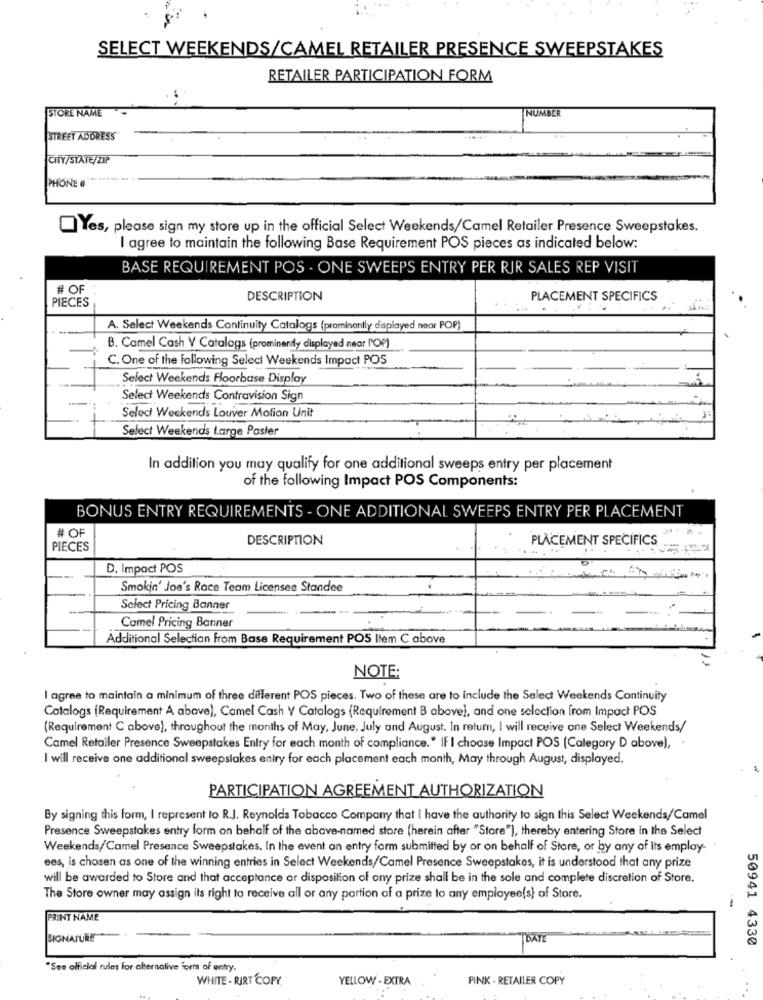
SELECT WEEKENDS/CAMEL RETAILER PRESENCE SWEEPSTAKES
RETAILER PARTICIPATION FORM
STORE NAME
NUMBER
STREET ADDRESS
CITY/STATE/ZIP
PHONE .
Yes, please sign my store up in the official Select Weekends/Camel Retailer Presence Sweepstakes.
I agree to maintain the following Base Requirement POS pieces as indicated below:
BASE REQUIREMENT POS - ONE SWEEPS ENTRY PER RIR SALES REP VISIT
# OF
PIECES
DESCRIPTION
PLACEMENT SPECIFICS
A. Select Weekends Continuity Catalogs (prominently displayed near POP)
B. Camel Cash Y Catalogs (prominently displayed near POP)
C. One of the following Select Weekends Impact POS
Select Weekends Floorbase Display
-
Select Weekends Contravision Sign
Select Weekends Louver Mofion Unit
Select Weekends Large Poster
In addition you may qualify for one additional sweeps entry per placement
of the following Impact POS Components:
BONUS ENTRY REQUIREMENTS - ONE ADDITIONAL SWEEPS ENTRY PER PLACEMENT
# OF
DESCRIPTION
PLACEMENT SPECIFICS
PIECES
D. Impact POS
Smokin' Joe's Race Team Licensee Standee
Select Pricing Banner
Camel Pricing Banner
Additional Selection from Base Requirement POS Item C above
NOTE:
I agree to maintain a minimum of three different POS pieces. Two of these are to include the Select Weekends Continuity
Catalogs (Requirement A above), Camel Cash Y Catalogs (Requirement B above), and one selection from Impact POS
(Requirement C above), throughout the months of May, June, July and August, In return, I will receive one Select Weekends/
Camel Retailer Presence Sweepstakes Entry for each month of compliance." If I choose Impact POS (Category D above), .
I will receive one additional sweepstakes entry for each placement each month, May through August, displayed.
PARTICIPATION AGREEMENT AUTHORIZATION
By signing this form, I represent to R.J. Reynolds Tobacco Company that I have the authority to sign this Select Weekends/Camel
Presence Sweepstakes entry form on behalf of the above-named store (herein after "Store"), thereby entering Store in the Select
Weekends/Camel Presence Sweepstakes. In the event an entry form submitted by or on behalf of Store, or by any of its employ-
ees, is chosen as one of the winning entries in Select Weekends/Camel Presence Sweepstakes, it is understood that any prize
will be awarded to Store and that acceptance or disposition of any prize shall be in the sole and complete discretion of Store.
The Store owner may assign its right to receive all or any portion of a prize to any employee(s) of Store.
PRINT NAME
SIGNATURE
TOATE
50941 4330
"See official rules for alternative forms of entry.
WHITE . RIRT COPY
YELLOW - EXTRA
PINK . RETAILER COPY
..